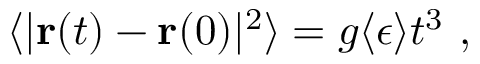
\begin{array} { r } { \langle | { \mathbf { r } } ( t ) - { \mathbf { r } } ( 0 ) | ^ { 2 } \rangle = g \langle \epsilon \rangle t ^ { 3 } \ , } \end{array}